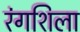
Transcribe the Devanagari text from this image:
रंगशिला